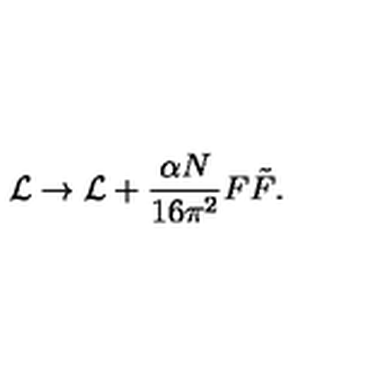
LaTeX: { \cal L } \rightarrow { \cal L } + \frac { \alpha N } { 1 6 \pi ^ { 2 } } F \tilde { F } .